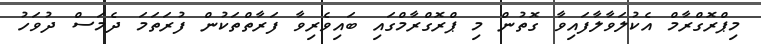
މިޕްރޮގްރާމް އެކުލަވާލާފައިވާ ގޮތުން މި ޕްރޮގްރާމްގައި ބައިވެެރިވާ ފަރާތްތަކުން ފުރަތަމަ ދެމަސް ދުވަހު